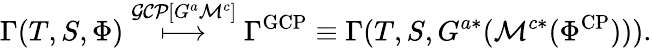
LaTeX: \Gamma(T,S,\Phi)\stackrel{\mathcal{GCP}[G^{a}\mathcal{M}^{c}]}{\longmapsto}\Gamma^{\mathrm{GCP}}\equiv\Gamma(T,S,G^{a*}(\mathcal{M}^{c*}(\Phi^{\mathrm{CP}}))).